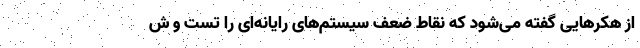
از هکرهایی گفته می‌شود که نقاط ضعف سیستم‌های رایانه‌ای را تست و ش